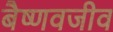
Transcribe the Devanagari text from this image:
बैष्णवजीव